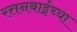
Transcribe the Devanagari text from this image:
रत्तनबाईच्या